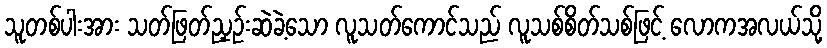
သူတစ်ပါးအား သတ်ဖြတ်ညှဉ်းဆဲခဲ့သော လူသတ်ကောင်သည် လူသစ်စိတ်သစ်ဖြင့် လောကအလယ်သို့